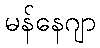
မန်နေဂျာ